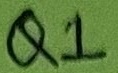
Text: Q1